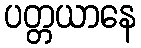
ပတ္တယာနေ